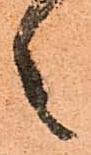
之